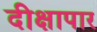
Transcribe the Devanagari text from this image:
दीक्षापार